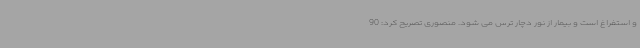
و استفراغ است و بیمار از نور دچار ترس می شود. منصوری تصریح کرد: 90